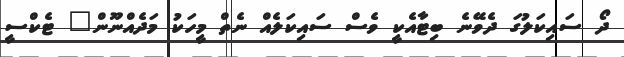
ދޯ ސައިކަލުގަ ދެވޭނެ ބިޓާއެކީ ވެސް ސައިކަލެއް ނެތް މީހަކު މަދެއްނޫން" ޓެކްސީ